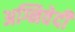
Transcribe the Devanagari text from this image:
अग्निवेदी